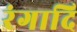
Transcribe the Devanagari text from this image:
रंगादि